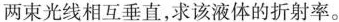
两束光线相互垂直，求该液体的折射率。